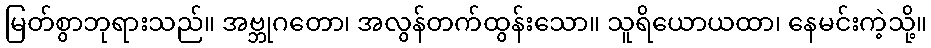
မြတ်စွာဘုရားသည်။ အဗ္ဘုဂတော၊ အလွန်တက်ထွန်းသော။ သူရိယောယထာ၊ နေမင်းကဲ့သို့။